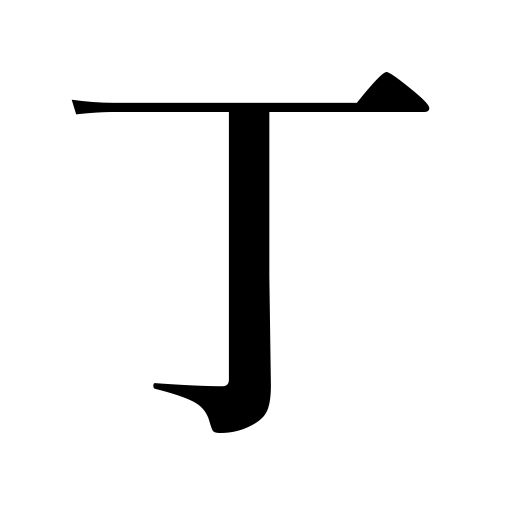
Meanings: tools,counter for guns,adult male,servant,leaves,even number,orders of food,blocks or cakes of something,fourth